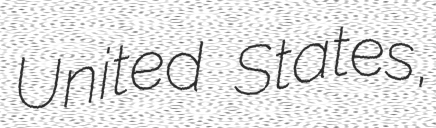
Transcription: United States,